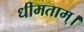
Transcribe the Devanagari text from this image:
धीमताम्।